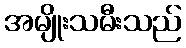
အမျိုးသမီးသည်